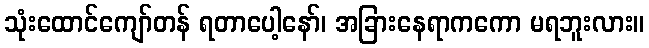
သုံးထောင်ကျော်တန် ရတာပေါ့နော်၊ အခြားနေရာကကော မရဘူးလား။